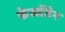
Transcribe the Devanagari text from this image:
फेस्सेंडेन